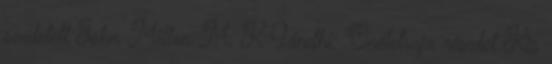
született John Milton M. K Gándhí: Önéletrajz részlet Kis